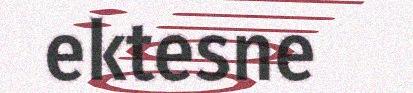
ektesne